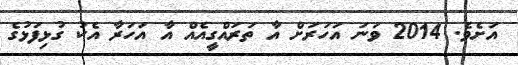
އަށެވެ. 2014 ވަނަ އަހަރަށް އާ ތަރައްގީއެއް އާ އަހަރާ އެކު ގުޅިފަޅުގެ